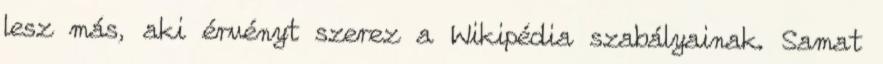
lesz más, aki érvényt szerez a Wikipédia szabályainak. Samat